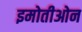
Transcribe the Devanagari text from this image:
इमोतीओन